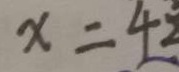
x = 4